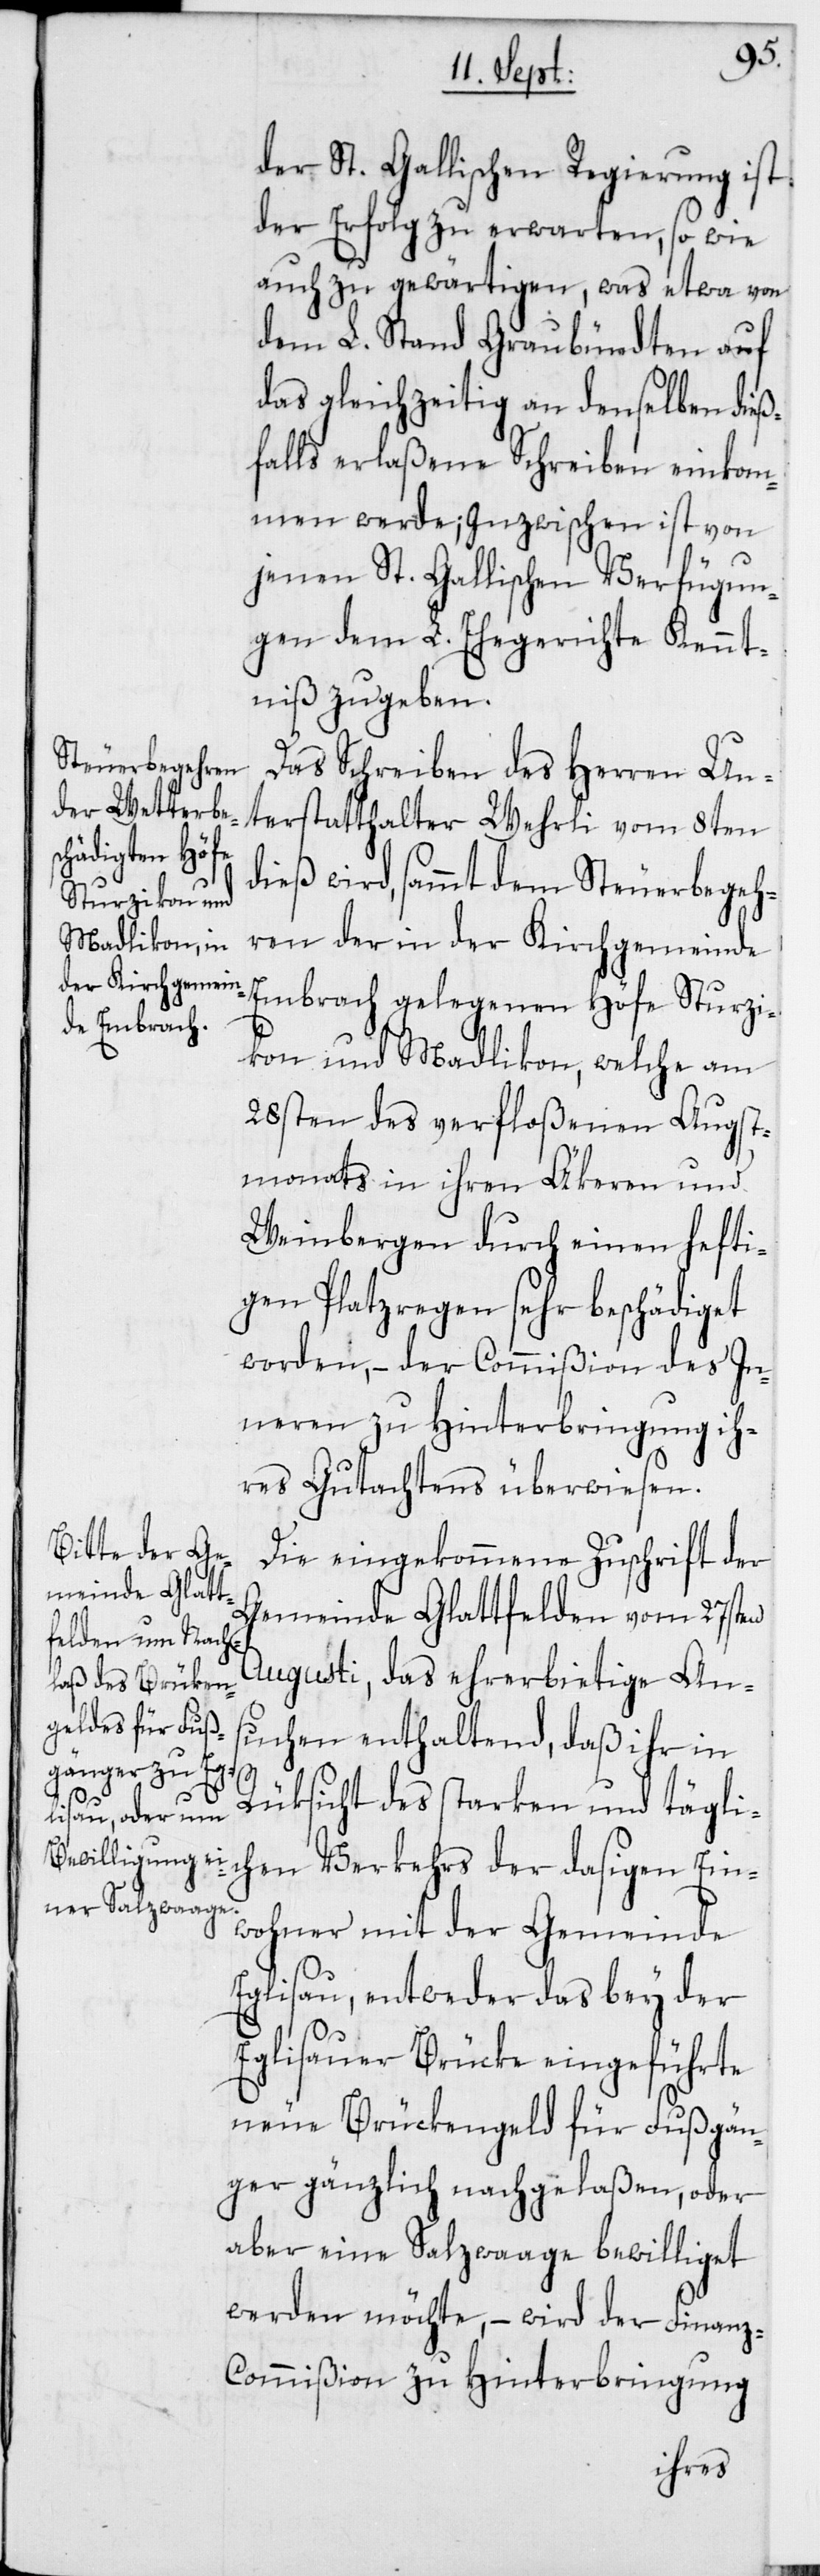
der St. Gallischen Regierung ist
der Erfolg zu erwarten, sowie
auch zu gewärtigen, was etwa von
dem L. Stand Graubündten auf
das gleichzeitig an denselben die¬
ßfalls erlaßene Schreiben einkom¬
men werde; inzwischen ist von
jenen St. Gallischen Verfügun¬
gen dem L. Ehegerichte Kennt¬
niß zu geben.
Das Schreiben des Herren Un¬
terstatthalter Wehrli vom 8ten
dieß wird, sammt dem Steuerbegeh¬
ren der in der Kirchgemeinde
Embrach gelegenen Höfe Sturzi¬
kon und Madlikon, welche am
28sten des verfloßenen Augst¬
monats in ihren Äkeren und
Weinbergen durch einen hefti¬
gen Platzregen sehr beschädiget
worden, – der Commißion des In¬
neren zu Hinterbringung ih¬
res Gutachtens überwiesen.
Die eingekommene Zuschrift der
Gemeinde Glattfelden vom 27sten
Augusti, das ehrerbietige An¬
suchen enthaltend, daß ihr in
Rüksicht des starken und tägli¬
chen Verkehrs der dasigen Ein¬
wohner mit der Gemeinde
Eglisau, entweder das bey der
Eglisauer Brücke eingeführte
neue Brückengeld für Fußgän¬
ger gänzlich nachgelaßen, oder
aber eine Salzwaage bewilliget
werden möchte, – wird der Finan¬
z-Commißion zu Hinterbringung